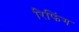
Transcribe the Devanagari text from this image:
रिफिंग